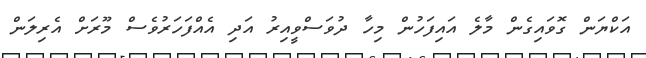
އަކްޔަން ގޮވައިގެން މާލެ އައިފަހުން މިހާ ދުވަސްވީއިރު އަދި އެއްފަހަރުވެސް މޫރަށް އެރިލަން